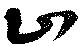
山